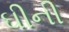
ઘીની